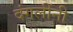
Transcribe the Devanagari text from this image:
दंगलींनी